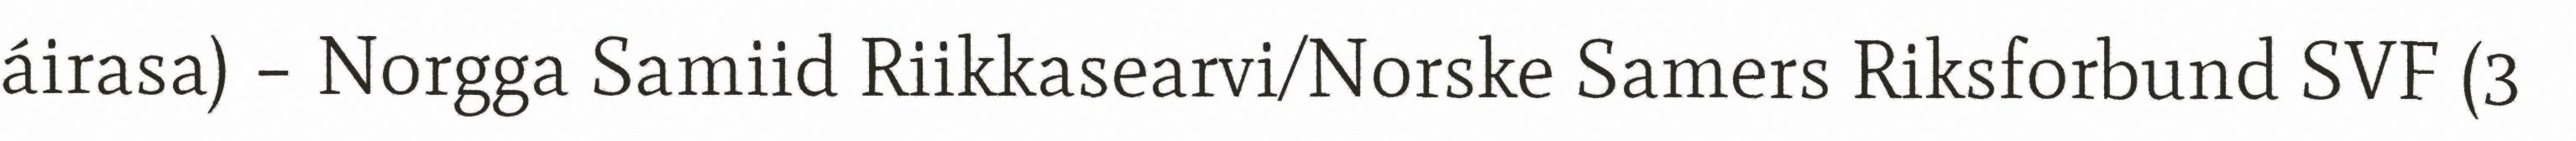
áirasa) – Norgga Samiid Riikkasearvi/Norske Samers Riksforbund SVF (3